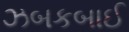
ઝબકબાઈ